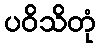
ပဝိသိတုံ